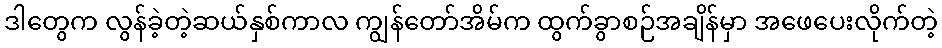
ဒါတွေက လွန်ခဲ့တဲ့ဆယ်နှစ်ကာလ ကျွန်တော်အိမ်က ထွက်ခွာစဉ်အချိန်မှာ အဖေပေးလိုက်တဲ့